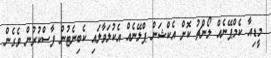
މީޑިއާ ކެމްޕޭނެއް ލޯންޗު ކޮށް އެކްޝަން ޕްލޭނެއް އެކުލަވާލައި ކެބިނެޓުން ފާސްކުރުން ވެގެން